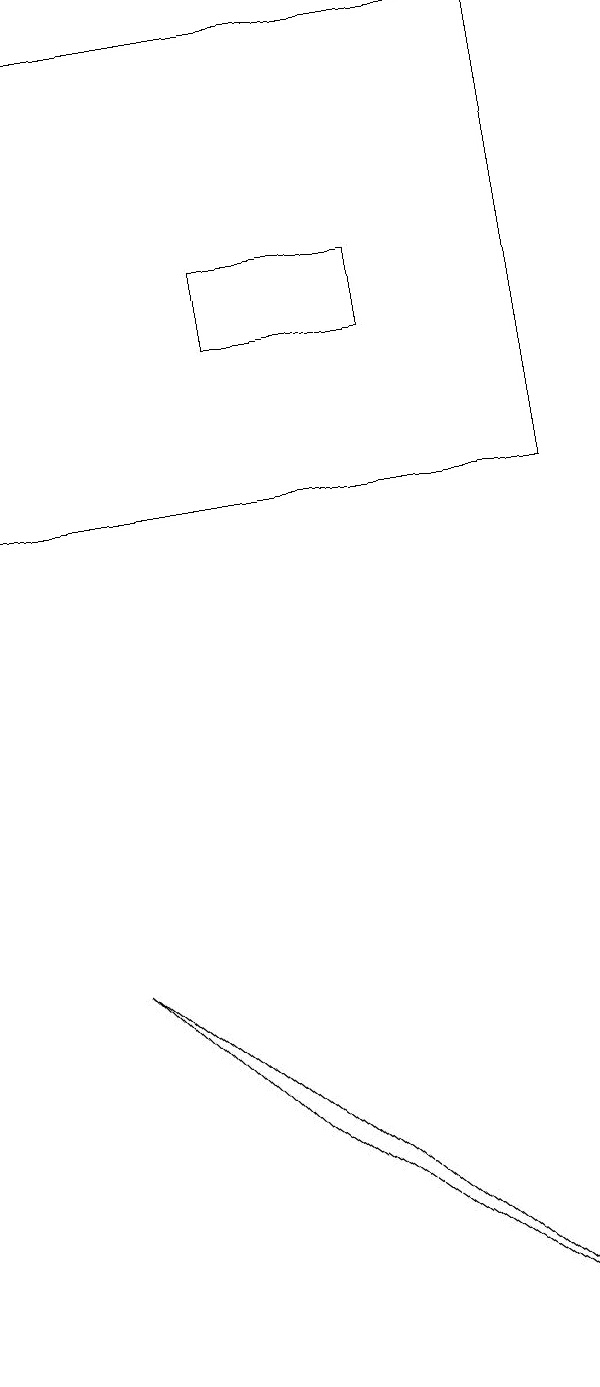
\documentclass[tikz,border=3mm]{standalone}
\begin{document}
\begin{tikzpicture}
\draw (5,4) -- (3,6) -- (9,1) -- cycle;
\draw (9,12) rectangle (2,18);
\draw (5,15) rectangle (7,14);
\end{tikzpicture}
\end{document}